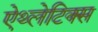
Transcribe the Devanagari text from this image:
ऐथ्लेटिक्स